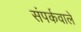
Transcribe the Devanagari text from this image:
संपर्कवाले